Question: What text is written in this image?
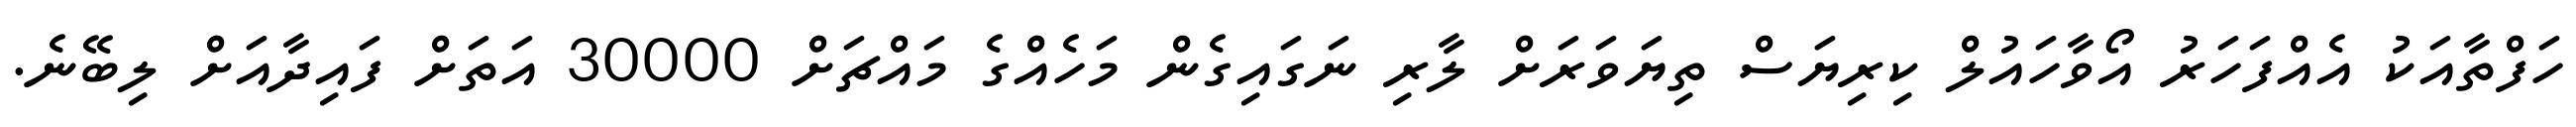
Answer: ހަފްތާއަކު އެއްފަހަރު އޯވާހައުލް ކިރިޔަސް ތިޔަވަރަށް ލާރި ނަގައިގެން މަހެއްގެ މައްޗަށް 30000 އަތަށް ފައިދާއަށް ލިބޭނެ.